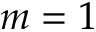
m = 1